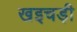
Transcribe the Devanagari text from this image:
खइचड़ी